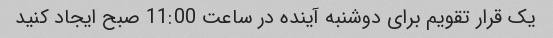
یک قرار تقویم برای دوشنبه آینده در ساعت 11:00 صبح ایجاد کنید